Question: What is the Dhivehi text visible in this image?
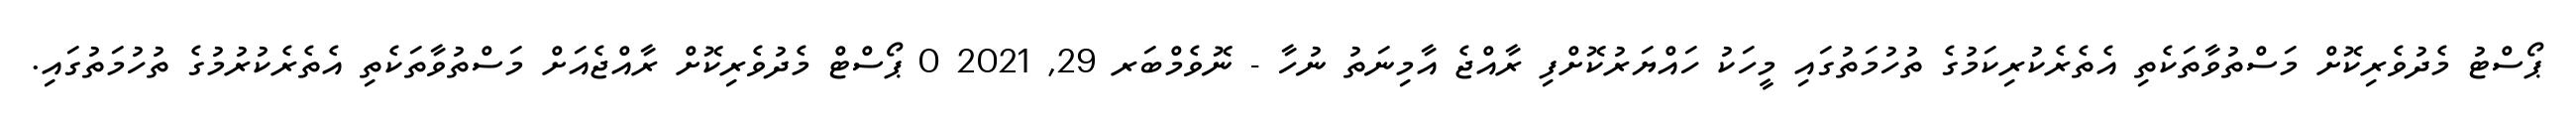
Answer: ޕޯސްޓު މެދުވެރިކޮށް މަސްތުވާތަކެތި އެތެރެކުރިކަމުގެ ތުހުމަތުގައި މީހަކު ހައްޔަރުކޮށްފި ރާއްޖެ އާމިނަތު ނުހާ - ނޮވެމްބަރ 29, 2021 0 ޕޯސްޓް މެދުވެރިކޮށް ރާއްޖެއަށް މަސްތުވާތަކެތި އެތެރެކުރުމުގެ ތުހުމަތުގައި.